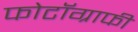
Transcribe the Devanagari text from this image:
फोटॉग्राफी